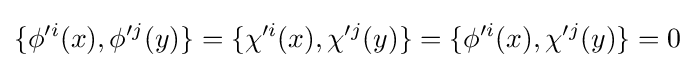
\{\phi '^{i}(x),\phi '^{j}(y)\}=\{\chi '^{i}(x),\chi '^{j}(y)\}=\{\phi '^{i}(x),\chi '^{j}(y)\}=0